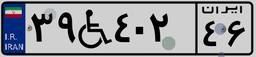
۳۹W۴۰۲۴۶